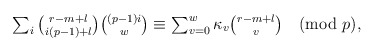
\begin{align*}\textstyle \sum_{i} {r - m + l \choose i(p-1) + l} {(p-1)i \choose w} & \textstyle \equiv \sum_{v=0}^{w} \kappa_v {r - m + l \choose v} \pmod{p},\end{align*}